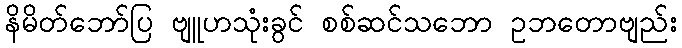
နိမိတ်ဘော်ပြ ဗျူဟသုံးခွင် စစ်ဆင်သဘော ဥဘတောဗျည်း